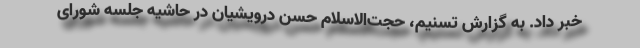
خبر داد. به گزارش تسنیم، حجت‌الاسلام‌ حسن درویشیان در حاشیه جلسه شورای